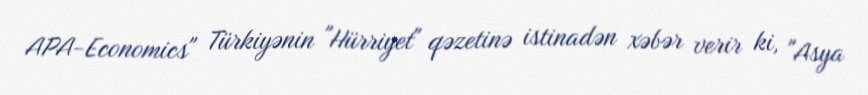
APA-Economics" Türkiyənin "Hürriyet" qəzetinə istinadən xəbər verir ki, "Asya